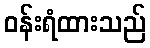
ဝန်းရံထားသည်